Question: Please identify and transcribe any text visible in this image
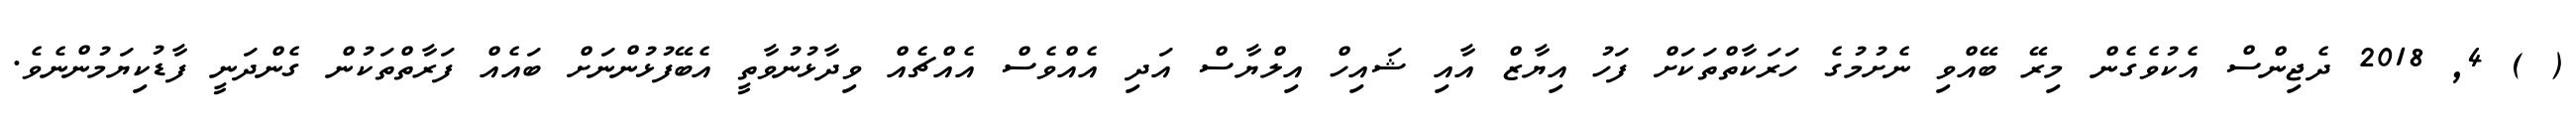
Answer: ( ) 4, 2018 ދެޖިންސް އެކުވެގެން މިރޭ ބޭއްވި ނެށުމުގެ ހަރަކާތްތަކަށް ފަހު އިޔާޒް އާއި ޝައިހް އިލްޔާސް އަދި އެއްވެސް އެއްޗެއް ވިދާޅުނުވާތީ އެބޭފުޅުންނަށް ބައެއް ފަރާތްތަކުން ގެންދަނީ ފާޑުކިޔަމުންނެވެ.